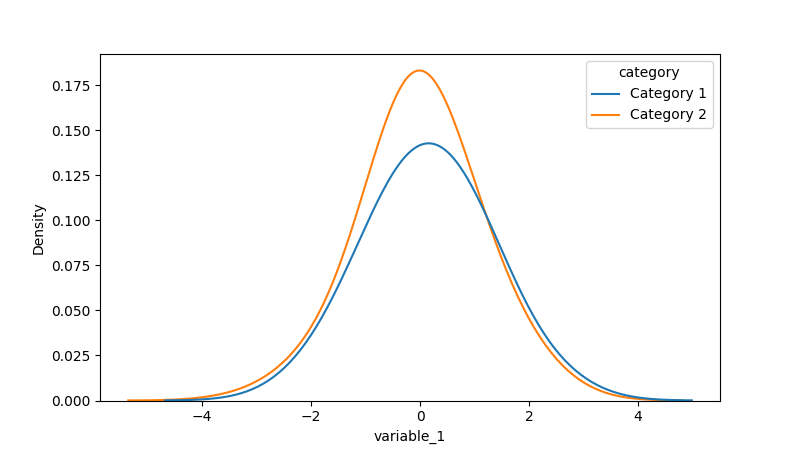
python, seaborn, kdeplot, hue='category', fill=False, bw_adjust=2.0